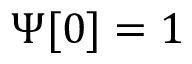
\Psi [ 0 ] = 1